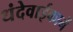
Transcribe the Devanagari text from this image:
धंदेवाईकानें